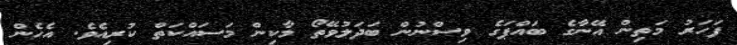
ފަހަރު މަތިން އޭނާގެ ބައްޕަގެ ވިސްނުން ބަދަލުވޭތޯ މާކިން މަސައްކަތް ކުރިއެވެ. އެހެން